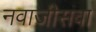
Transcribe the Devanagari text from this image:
नवाजीसवा